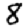
Digit: 8